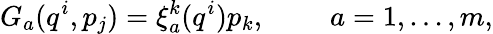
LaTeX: G_{a}(q^{i},p_{j})=\xi_{a}^{k}(q^{i})p_{k},~~~~~~~~~a=1,...,m,